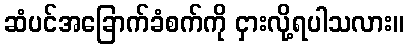
ဆံပင်အခြောက်ခံစက်ကို ငှားလို့ရပါသလား။